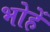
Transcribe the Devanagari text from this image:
भोहें